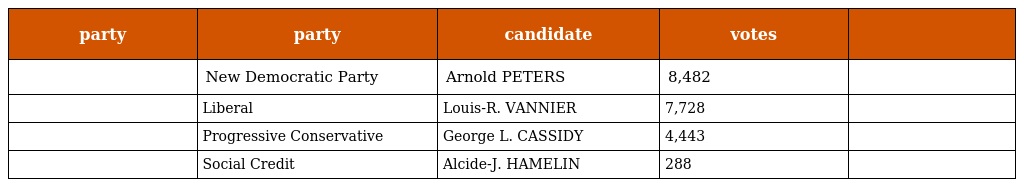
| party | party | candidate | votes |  |
 | --- | --- | --- | --- | --- |
 |  | New Democratic Party | Arnold PETERS | 8,482 |  |
 |  | Liberal | Louis-R. VANNIER | 7,728 |  |
 |  | Progressive Conservative | George L. CASSIDY | 4,443 |  |
 |  | Social Credit | Alcide-J. HAMELIN | 288 |  |